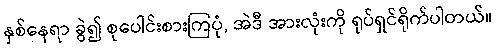
နှစ်နေရာ ခွဲ၍ စုပေါင်းစားကြပုံ, အဲဒီ အားလုံးကို ရုပ်ရှင်ရိုက်ပါတယ်။